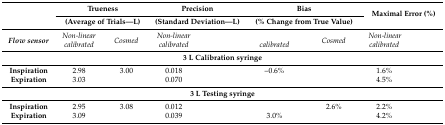
<table><thead><tr><td>[EMPTY_CELL]</td><td colspan="2"><b>Trueness</b></td><td colspan="2"><b>Precision</b></td><td colspan="2"><b>Bias</b></td><td colspan="2" rowspan="2"><b>Maximal Error (%)</b></td></tr><tr><td>[EMPTY_CELL]</td><td colspan="2"><b>(Average of Trials—L)</b></td><td colspan="2"><b>(Standard Deviation—L)</b></td><td colspan="2"><b>(% Change from True Value)</b></td></tr></thead><tbody><tr><td rowspan="2"><i><b>Flow sensor</b></i></td><td><i>Non-linear</i></td><td rowspan="2"><i>Cosmed</i></td><td><i>Non-linear</i></td><td rowspan="2">[EMPTY_CELL]</td><td>[EMPTY_CELL]</td><td rowspan="2"><i>Cosmed</i></td><td><i>Non-linear</i></td><td rowspan="2">[EMPTY_CELL]</td></tr><tr><td><i>calibrated</i></td><td><i>calibrated</i></td><td><i>calibrated</i></td><td><i>calibrated</i></td></tr><tr><td colspan="9"><b>3 L Calibration syringe</b></td></tr><tr><td><b>Inspiration</b></td><td>2.98</td><td>3.00</td><td>0.018</td><td>[EMPTY_CELL]</td><td>–0.6%</td><td>[EMPTY_CELL]</td><td>1.6%</td><td>[EMPTY_CELL]</td></tr><tr><td><b>Expiration</b></td><td>3.03</td><td>[EMPTY_CELL]</td><td>0.070</td><td>[EMPTY_CELL]</td><td>[EMPTY_CELL]</td><td>[EMPTY_CELL]</td><td>4.5%</td><td>[EMPTY_CELL]</td></tr><tr><td colspan="9"><b>3 L Testing syringe</b></td></tr><tr><td><b>Inspiration</b></td><td>2.95</td><td>3.08</td><td>0.012</td><td>[EMPTY_CELL]</td><td>[EMPTY_CELL]</td><td>2.6%</td><td>2.2%</td><td>[EMPTY_CELL]</td></tr><tr><td><b>Expiration</b></td><td>3.09</td><td>[EMPTY_CELL]</td><td>0.039</td><td>[EMPTY_CELL]</td><td>3.0%</td><td>[EMPTY_CELL]</td><td>4.2%</td><td>[EMPTY_CELL]</td></tr></tbody></table>